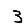
Digit: 3